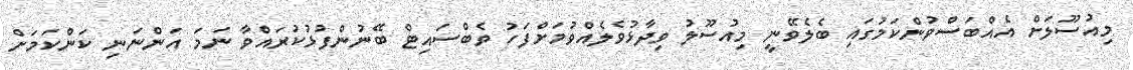
މިއުސޫލަށް އެއްބަސްވުންކަމުގައި ބެލެވޭނީ މިއުސޫލު ވިދާޅުވެލެއްވުމަށްފަހު ވެބްސައިޓް ބޭނުންފުޅުކުރައްވާ ނަމަ އަންނަނި ކަންކަމަށް